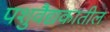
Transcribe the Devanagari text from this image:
पशुवैद्यकातील